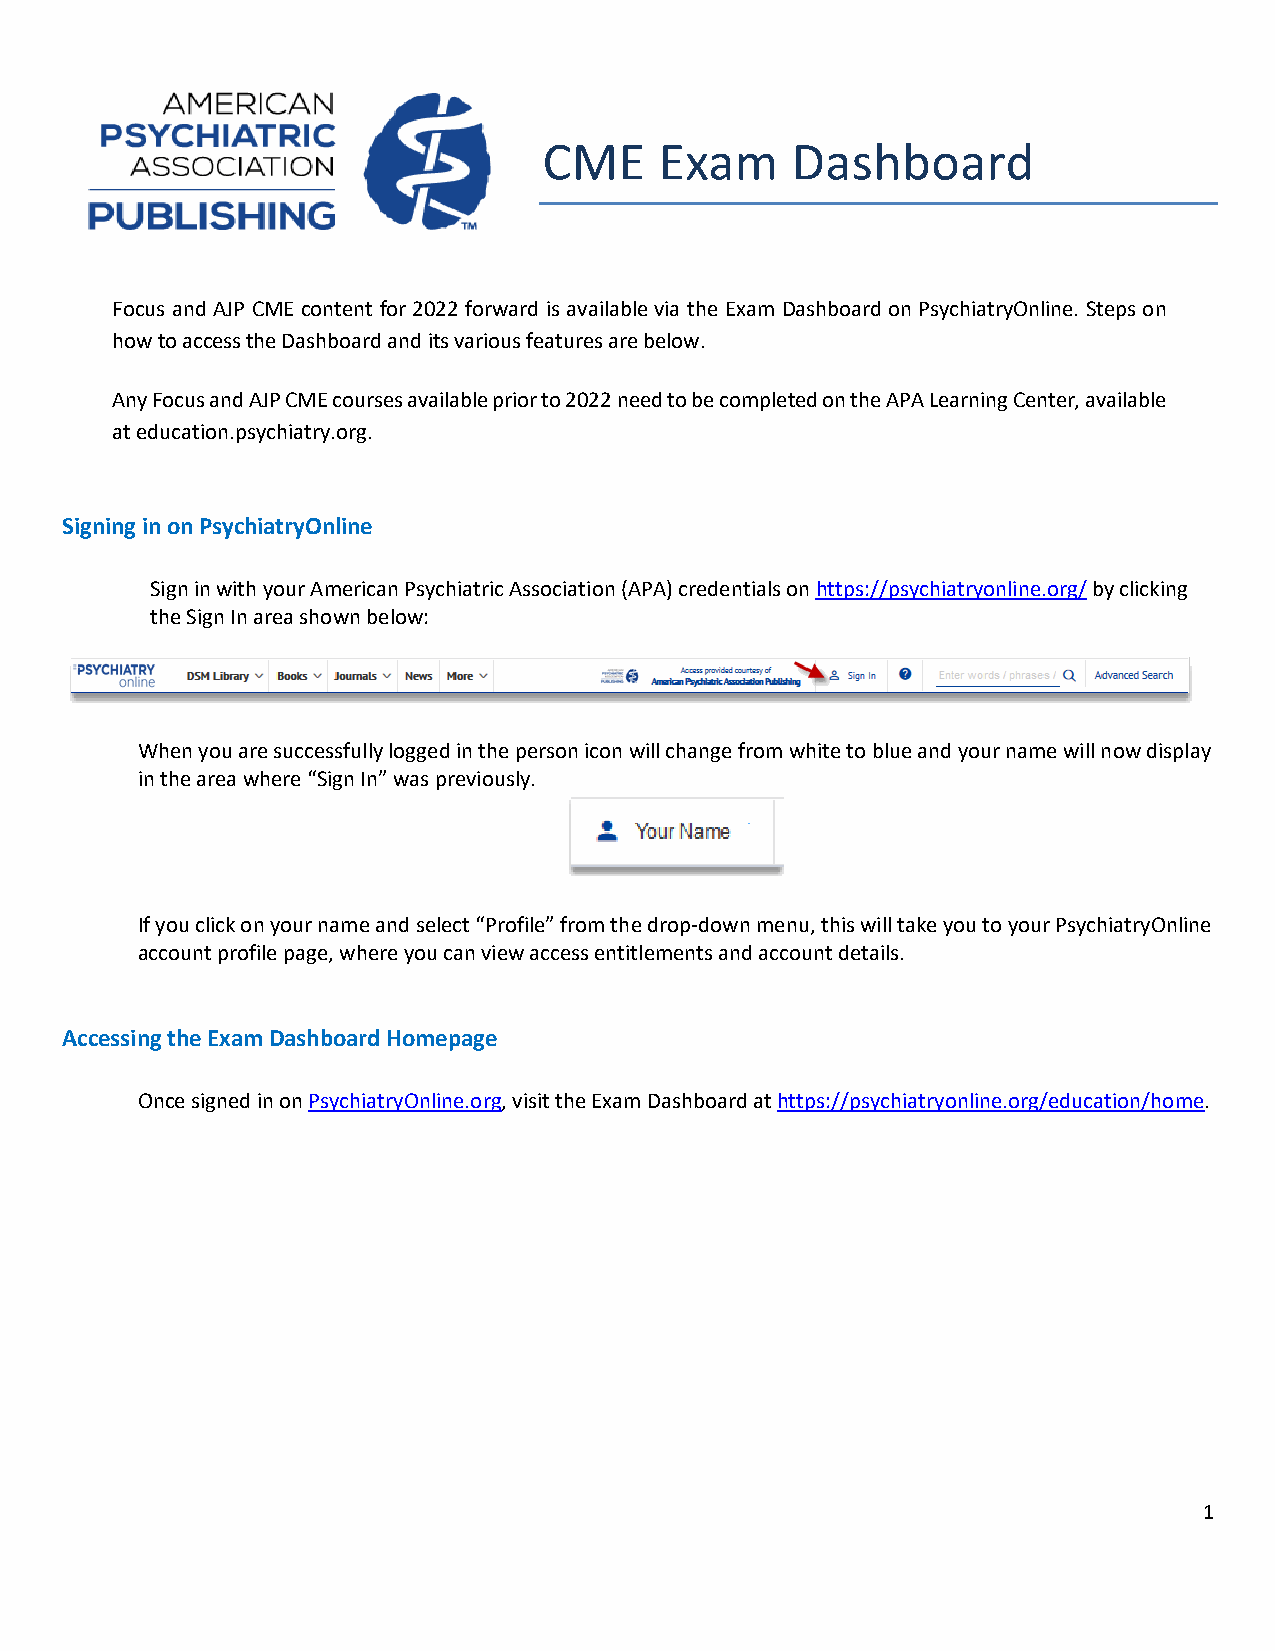
CME     Exam    Dashboard
 Focus and AJP CME content for 2022 forward is available via the Exam Dashboard on PsychiatryOnline. Steps on
 how to access the Dashboard and its various features are below.
 Any Focus and AJP CME courses available prior to 2022 need to be completed on the APA Learning Center, available
 at education.psychiatry.org.
 Signing in on PsychiatryOnline
 Sign in with your American Psychiatric Association (APA) credentials on https://psychiatryonline.org/ by clicking
 the Sign In area shown below:
 When you are successfully logged in the person icon will change from white to blue and your name will now display
 in the area where “Sign In” was previously.
 If you click on your name and select “Profile” from the drop-down menu, this will take you to your PsychiatryOnline
 account profile page, where you can view access entitlements and account details.
 Accessing the Exam Dashboard Homepage
 Once signed in on PsychiatryOnline.org, visit the Exam Dashboard at https://psychiatryonline.org/education/home.
 1